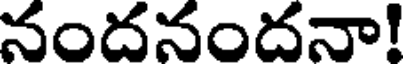
నందనందనా!